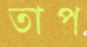
তাপ